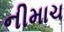
નીમાચ